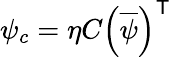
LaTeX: \psi_{c}=\eta C\left({\overline{{\psi}}}\right)^{\textsf{T}}